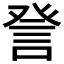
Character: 𧦴